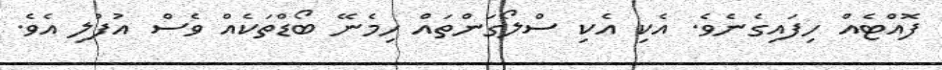
ފޮއްޓެއް ހިފައިގެނެވެ. އެކި އެކި ސްލޯގަންތައް ހިމެނޭ ބޯޑްތަކެއް ވެސް އުފުލި އެވެ.